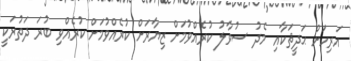
އަރިހަށް ޙަދީޘަކާއި މެދު ސުވާލު ކުރެއްވުމަށް ޒިޔާރަށް ކުރެއްވުމަށް ކުރެއްވި ބުރަ ދަތުރަކީ